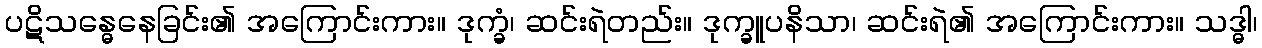
ပဋိသန္ဓေနေခြင်း၏ အကြောင်းကား။ ဒုက္ခံ၊ ဆင်းရဲတည်း။ ဒုက္ခူပနိသာ၊ ဆင်းရဲ၏ အကြောင်းကား။ သဒ္ဓါ၊